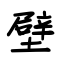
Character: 壁